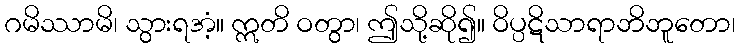
ဂမိဿာမိ၊ သွားရအံ့။ ဣတိ ဝတွာ၊ ဤသို့ဆို၍။ ဝိပ္ပဋိသာရာဘိဘူတော၊